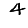
Digit: 4